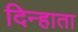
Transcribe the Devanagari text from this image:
दिन्हाता